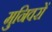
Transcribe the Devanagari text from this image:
मुनिवरों